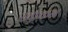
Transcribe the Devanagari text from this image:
खोकन